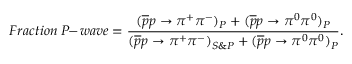
F r a c t i o n \; P \! \! - \! w a v e = { \frac { ( \overline { { { p } } } p \rightarrow \pi ^ { + } \pi ^ { - } ) _ { P } + ( \overline { { { p } } } p \rightarrow \pi ^ { 0 } \pi ^ { 0 } ) _ { P } } { ( \overline { { { p } } } p \rightarrow \pi ^ { + } \pi ^ { - } ) _ { S \& P } + ( \overline { { { p } } } p \rightarrow \pi ^ { 0 } \pi ^ { 0 } ) _ { P } } } .